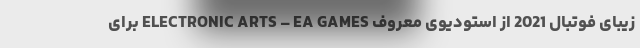
زیبای فوتبال 2021 از استودیوی معروف ELECTRONIC ARTS – EA GAMES برای